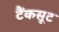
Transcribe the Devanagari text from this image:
टैंकसूट